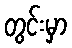
တွင်းမှာ